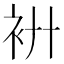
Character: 𧘬